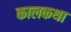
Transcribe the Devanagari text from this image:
कालकथा